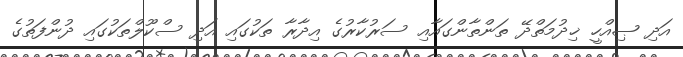
އަދި ޞިއްހީ ޚިދުމަތްދޭ ތަންތާންގައާއި ސަރުކާރުގެ އިދާރާ ތަކުގައި އަދި ސްކޫލްތަކުގައި ދުންފަތުގެ